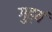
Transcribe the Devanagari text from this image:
गुह्यं